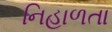
નિહાળતા